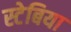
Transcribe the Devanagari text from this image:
स्टेबिया